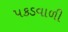
પકડવાળી